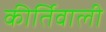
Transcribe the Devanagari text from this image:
कीर्तिवाली